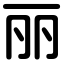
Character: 丽